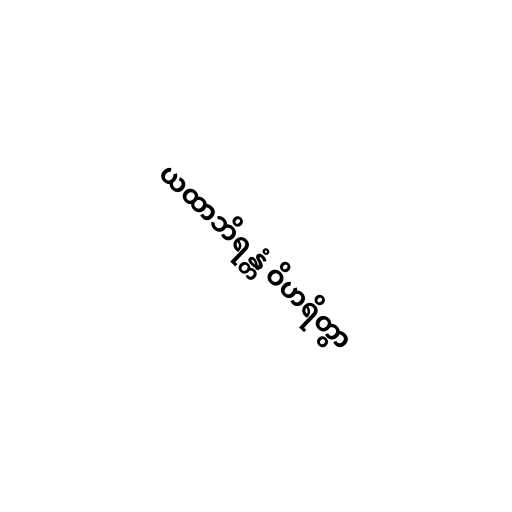
ယထာဘိရန္တံ ဝိဟရိတွာ